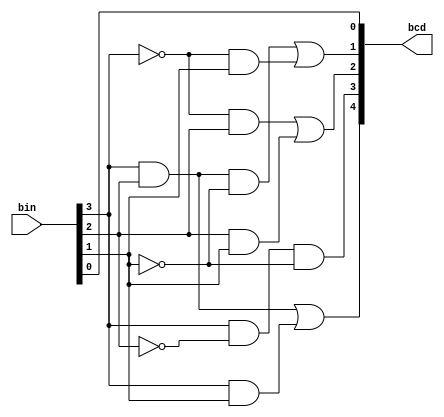
module bin2bcd(input[3:0] bin, output[4:0] bcd);
  assign bcd[4]=(bin[3] & bin[2])|(bin[3] & bin[1]);
  assign bcd[3]=bin[3] & ~bin[2] & ~bin[1];
  assign bcd[2]=(~bin[3] & bin[2])|(bin[2] & bin[1]);
  assign bcd[1]=(bin[3] & bin[2] & ~bin[1])|(~bin[3] & bin[1]);
  assign bcd[0]=bin[0];
endmodule